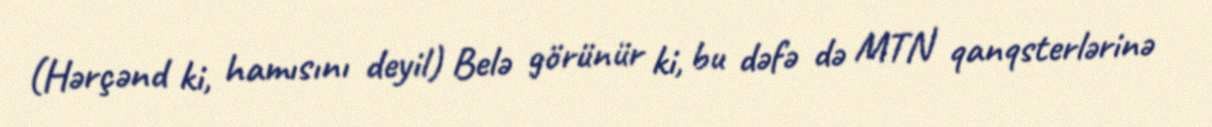
(Hərçənd ki, hamısını deyil) Belə görünür ki, bu dəfə də MTN qanqsterlərinə